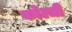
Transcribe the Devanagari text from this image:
कोल्ची